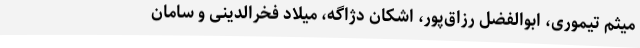
میثم تیموری، ابوالفضل رزاق‌پور، اشکان دژاگه، میلاد فخرالدینی و سامان